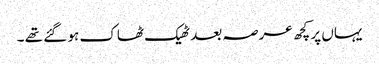
یہاں پر کچھ عرصہ بعد ٹھیک ٹھاک ہو گئے تھے ۔